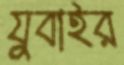
যুবাইর